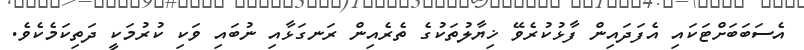
އެސަބަބަށްޓަކައި އެފަދައިން ފާޅުކުރެވޭ ޚިޔާލުތަކުގެ ތެރެއިން ރަނގަޅާއި ނުބައި ވަކި ކުރުމަކީ ދަތިކަމެކެވެ.